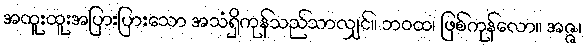
အထူးထူးအပြားပြားသော အသံရှိကုန်သည်သာလျှင်။ ဘဝထ၊ ဖြစ်ကုန်လော။ အဇ္ဇ၊